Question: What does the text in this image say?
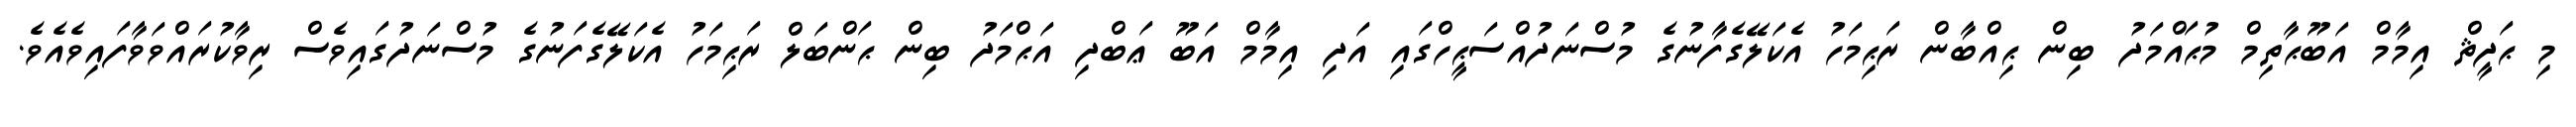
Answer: މި ޙަދީޘް އިމާމް އަބޫޙާތިމް މުޙައްމަދު ބިން ޙިއްބާން ރަޙިމަހު އެކަލޭގެފާނުގެ މުސްނަދުއްސަޙީހްގައި އަދި އިމާމް އަބޫ ޢަބްދި އަޙްމަދު ބިން ޙަންބަލް ރަޙިމަހު އެކަލޭގެފަނުގެ މުސްނަދުގައިވެސް ރިވާކުރައްވަވާފައިވެއެވެ.